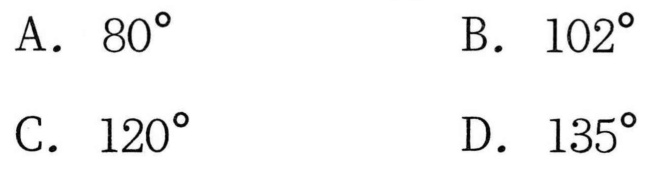
A. \(80^{\circ}\)  \(\quad\)B. \(102^{\circ}\)
C. \(120^{\circ}\)  \(\quad\)D. \(135^{\circ}\)